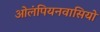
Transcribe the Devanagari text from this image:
ओलंपियनवासियों